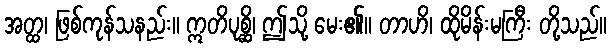
အတ္ထ၊ ဖြစ်ကုန်သနည်း။ ဣတိပုစ္ဆိ၊ ဤသို့ မေး၏။ တာဟိ၊ ထိုမိန်းမကြီး တို့သည်။